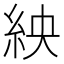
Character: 紻